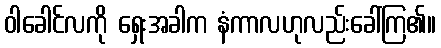
ဝါခေါင်လကို ရှေးအခါက နံကာလဟုလည်းခေါ်ကြ၏။